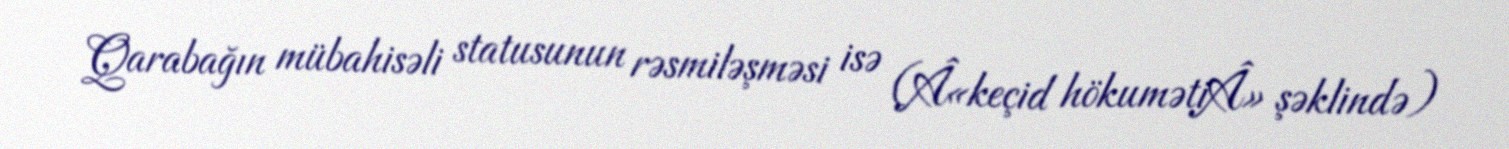
Qarabağın mübahisəli statusunun rəsmiləşməsi isə (Â«keçid hökumətiÂ» şəklində)